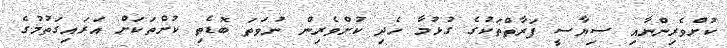
ކުށްވެރިންނާއި ސިޔާސީ ފަރާތްތަކުގެ ގުޅުމާ ހެދި ކުށްވެރިން ނުވަތަ ބޮޑެތި ކުށްތަކަށް އަރައިގަތުމުގެ